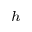
_ h